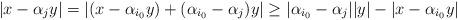
LaTeX: \begin{align*} |x-\alpha_jy| = |(x-\alpha_{i_0}y) + (\alpha_{i_0}-\alpha_j)y| \geq |\alpha_{i_0}-\alpha_j||y| - |x-\alpha_{i_0}y| \end{align*}